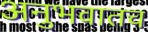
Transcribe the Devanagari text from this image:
अनुभवातच